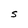
Character: S